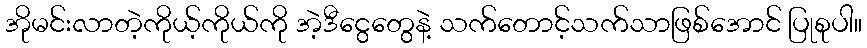
အိုမင်းလာတဲ့ကိုယ့်ကိုယ်ကို အဲ့ဒီငွေတွေနဲ့ သက်တောင့်သက်သာဖြစ်အောင် ပြုစုပါ။